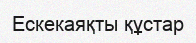
Ескекаяқты құстар